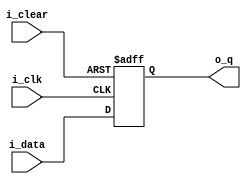
//////////////////////////////////////////////////////////////////////
// Module Name: 
// Description: 
// Designer: Barney Peng
// References: https://www.youtube.com/watch?v=T_gSYkQe3EU
//////////////////////////////////////////////////////////////////////
	

module D_FF (
	input i_clk,
	input i_clear,
	input i_data,
	
	output o_q

);
reg q;

always @(posedge i_clk or posedge i_clear) 
	begin
		if (i_clear) begin
			q <= 1'b0;
		end else begin
			q <= i_data;
		end
	end

assign o_q = q;

endmodule//